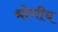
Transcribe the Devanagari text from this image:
श्रोणीय